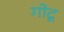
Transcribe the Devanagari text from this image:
गोटू